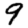
Digit: 9